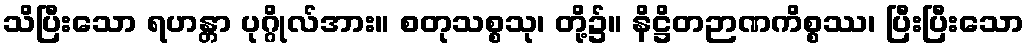
သိပြီးသော ရဟန္တာ ပုဂ္ဂိုလ်အား။ စတုသစ္စသု၊ တို့၌။ နိဋ္ဌိတဉာဏကိစ္စဿ၊ ပြီးပြီးသော